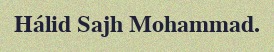
Hálid Sajh Mohammad.